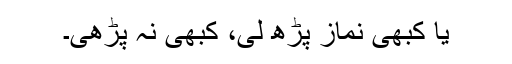
یا کبھی نماز پڑھ لی، کبھی نہ پڑھی۔